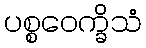
ပစ္စဝေက္ခိသံ